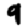
Digit: 9